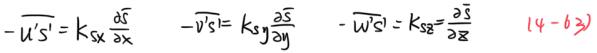
\[ -\overline{u's'} = k_{Sx} \frac{\partial \overline{s}}{\partial x} \quad -\overline{v's'} = k_{Sy} \frac{\partial \overline{s}}{\partial y} \quad -\overline{w's'} = k_{Sz} \frac{\partial \overline{s}}{\partial z} \quad (4 - 62) \]